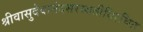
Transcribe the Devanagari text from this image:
श्रीवासुदेवानंदसरस्वतीविरचित